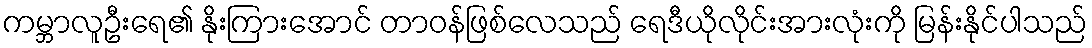
ကမ္ဘာလူဦးရေ၏ နိုးကြားအောင် တာဝန်ဖြစ်လေသည် ရေဒီယိုလိုင်းအားလုံးကို မြန်းနိုင်ပါသည်